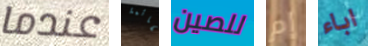
عندما لقائمة للصين إم اباء